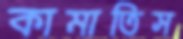
কামাতিস